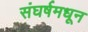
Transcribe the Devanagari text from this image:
संघर्षमधून